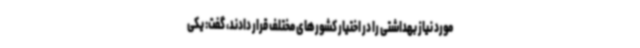
مورد نیاز بهداشتی را در اختیار کشورهای مختلف قرار دادند، گفت: یکی